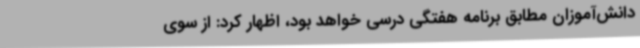
دانش‌آموزان مطابق برنامه هفتگی درسی خواهد بود، اظهار کرد: از سوی